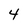
Character: 4